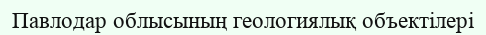
Павлодар облысының геологиялық объектілері